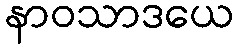
နာဝသာဒယေ